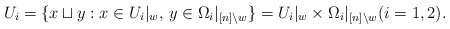
\begin{align*}U_i=\{x\sqcup y:x\in U_i|_w,\, y\in \Omega_i|_{[n]\backslash w}\}=U_i|_w\times \Omega_i|_{[n]\backslash w} (i=1,2).\end{align*}